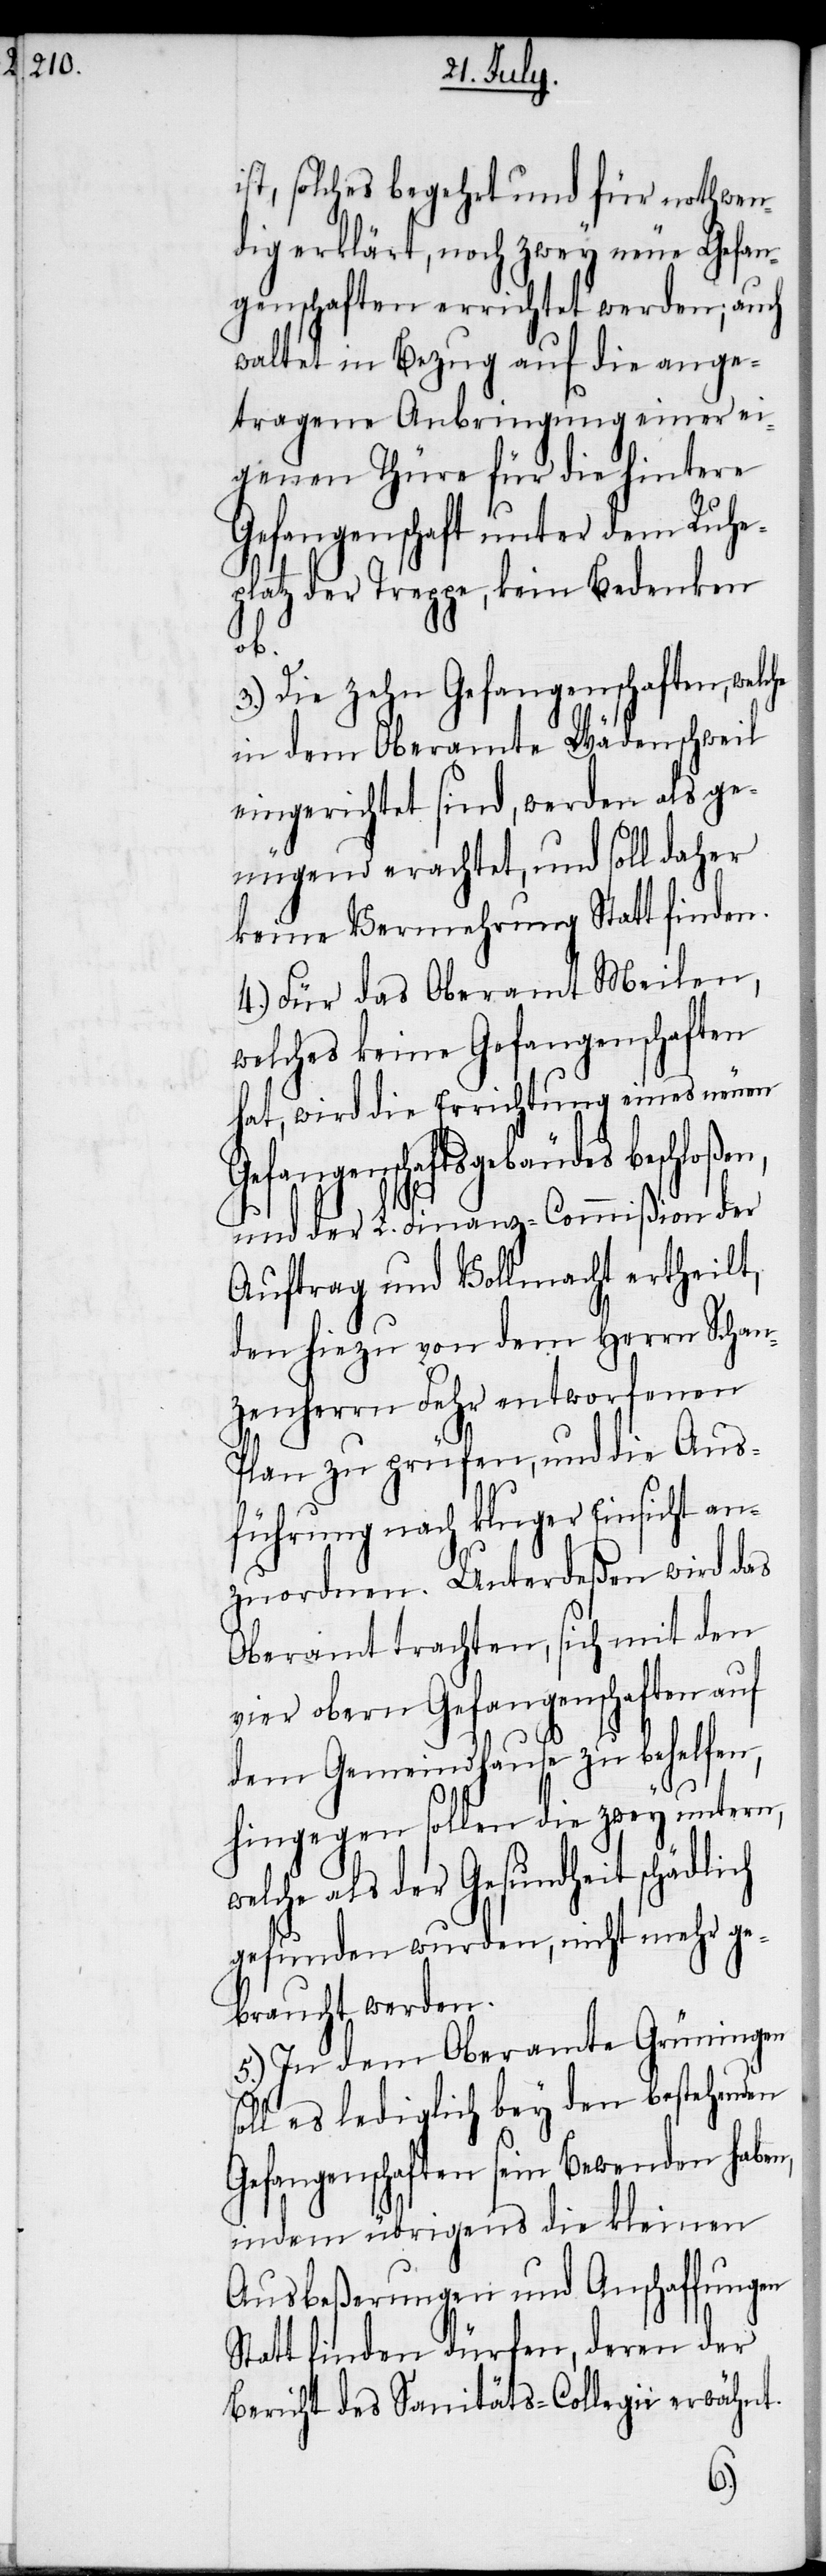
ist, solches begehrt und für nothwen¬
dig erklärt, noch zwey neue Gefan¬
genschaften errichtet werden; auch
waltet in Bezug auf die ange¬
tragene Anbringung einer ei¬
genen Thüre für die hintere
Gefangenschaft unter dem Ruhe¬
platz der Treppe, kein Bedenken
so¬
3.) Die zehn Gefangenschaften, welche
in dem Oberamte Wädenschweil
eingerichtet sind, werden als ge¬
keine Vermehrung Statt finden.
4.) Für das Oberamt Meilen,
welches keine Gefangenschaften
hat, wird die Errichtung eines neuen
Gefangenschaftsgebäudes beschloß¬
und der L. Finanz-Commißion der
Auftrag und Vollmacht ertheilt,
den hiezu von dem Herrn Schan¬
zenherrn Fehr entworfenen
Plan zu prüfen, und die Aus¬
führung nach kluger Einsicht an¬
zuordnen. Unterdeßen wird das
Oberamt trachten, sich mit den
vier obern Gefangenschaften auf
dem Gemeindhause zu behelfen,
hingegen sollen die zwey untern,
welche als der Gesundheit schädlich
gefunden wurden, nicht mehr ge¬
braucht werden.
5.) In dem Oberamte Grüningen
ll es lediglich bey den bestehenden
Gefangenschaften sein Bewenden haben,
indem übrigens die kleinen
Ausbeßerungen und Anschaffungen
Statt finden dürfen, deren der
Bericht des Sanitäts-Collegii erwähnt.